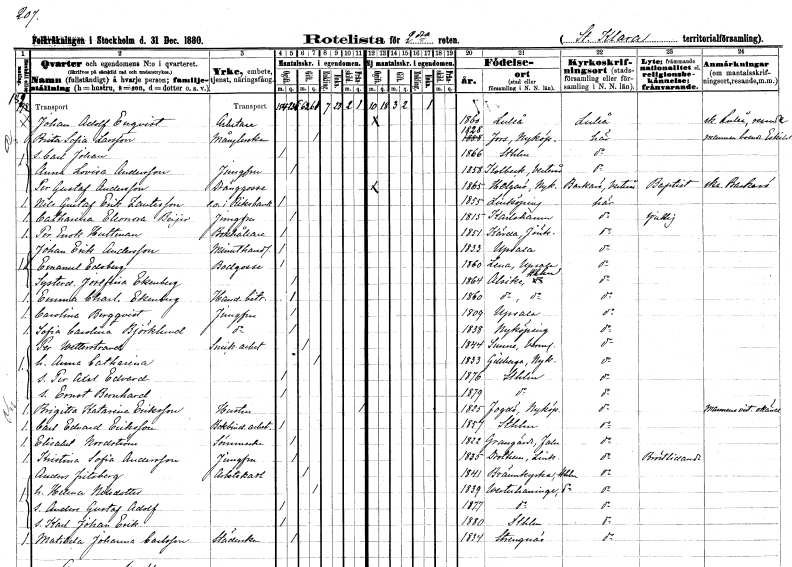
gt_parse: households: individuals: FN: Johan Adolf
EN: Enqvist
YRKE: Arbetare
KON: M
CIV: O
FODAR: 1860
FODFORS: Luleå Norrbottens län
FN: Brita Sofia
EN: Larsson
YRKE: Månglerska
KON: K
CIV: G
FODAR: 1828
FODFORS: Eskilstuna Fors Södermanlands län
FN: Carl Johan
KON: M
CIV: O
FODAR: 1866
FODFORS: Stockholm
FN: Anna Lovisa
EN: Andersson
YRKE: Jungfru
KON: K
CIV: O
FODAR: 1858
FODFORS: Kolbäck Västmanlands län
FN: Per Gustaf
EN: Andersson
YRKE: Dränggosse
KON: M
CIV: O
FODAR: 1865
FODFORS: Helgarö Södermanlands län
FN: Nils Gustaf Erik
EN: Zantesson
YRKE: e.o. i Riksbanken
KON: M
CIV: O
FODAR: 1855
FODFORS: Linköping Östergötlands län
FN: Catharina Eleonora
EN: Beijer
YRKE: Jungfru
KON: K
CIV: O
FODAR: 1815
FODFORS: Karlshamn Blekinge län
FN: Per Enok
EN: Hultman
YRKE: Bokhållare
KON: M
CIV: O
FODAR: 1851
FODFORS: Kärda Jönköpings län
FN: Johan Erik
EN: Andersson
YRKE: Minuthandlare
KON: M
CIV: O
FODAR: 1833
FODFORS: Uppsala Uppsala län
FN: Emanuel
EN: Edsberg
YRKE: Bodgosse
KON: M
CIV: O
FODAR: 1860
FODFORS: Lena Uppsala län
FN: Josefina
EN: Ekenberg
KON: K
CIV: O
FODAR: 1864
FODFORS: Alsike Uppsala län
FN: Emma Charlotta
EN: Ekenberg
YRKE: Handelsbiträde
KON: K
CIV: O
FODAR: 1860
FODFORS: Alsike Uppsala län
FN: Carolina
EN: Bergqvist
YRKE: Jungfru
KON: K
CIV: O
FODAR: 1809
FODFORS: Uppsala Uppsala län
FN: Sofia Carolina
EN: Björklund
YRKE: Jungfru
KON: K
CIV: O
FODAR: 1838
FODFORS: Nyköping Södermanlands län
FN: Per
EN: Wetterstrand
YRKE: Snickeriarbetare
KON: M
CIV: G
FODAR: 1844
FODFORS: Sunne Värmlands län
FN: Anna Catharina
KON: K
CIV: G
FODAR: 1833
FODFORS: Gillberga Södermanlands län
FN: Per Axel Edvard
KON: M
CIV: O
FODAR: 1876
FODFORS: Stockholm
FN: Ernst Bernhard
KON: M
CIV: O
FODAR: 1879
FODFORS: Stockholm
FN: Brigitta Katarina
EN: Eriksson
KON: K
CIV: X
FODAR: 1825
FODFORS: Fogdö Södermanlands län
FN: Carl Edvard
EN: Eriksson
YRKE: Bokbinderiarbetare
KON: M
CIV: O
FODAR: 1857
FODFORS: Stockholm
FN: Elisabet
EN: Nordström
YRKE: Sömmerska
KON: K
CIV: O
FODAR: 1822
FODFORS: Grangärde Kopparbergs län
FN: Kristina Sofia
EN: Andersson
YRKE: Jungfru
KON: K
CIV: O
FODAR: 1835
FODFORS: Drothem Östergötlands län
FN: Anders
EN: Fritsberg
YRKE: Arbetskarl
KON: M
CIV: G
FODAR: 1841
FODFORS: Brännkyrka Stockholms län
FN: Helena
EN: Nilsdotter
KON: K
CIV: G
FODAR: 1839
FODFORS: Västerhaninge Stockholms län
FN: Anders Gustaf Adolf
KON: M
CIV: O
FODAR: 1877
FODFORS: Västerhaninge Stockholms län
FN: Karl Johan Erik
KON: M
CIV: O
FODAR: 1880
FODFORS: Stockholm
FN: Matilda Johanna
EN: Carlsson
YRKE: Städerska
KON: K
CIV: O
FODAR: 1834
FODFORS: Strängnäs Södermanlands län